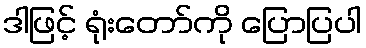
ဒါဖြင့် ရုံးတော်ကို ပြောပြပါ